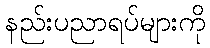
နည်းပညာရပ်များကို